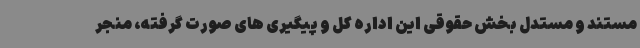
مستند و مستدل بخش حقوقی این اداره کل و پیگیری های صورت گرفته، منجر